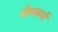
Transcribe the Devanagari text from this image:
पीककर्ज